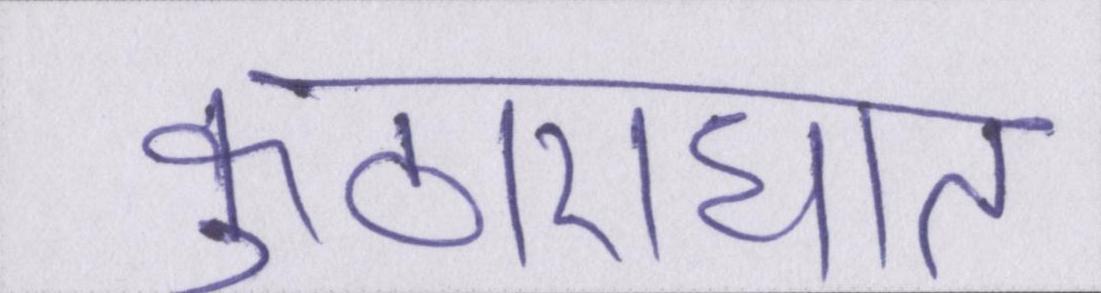
कुठाराघात